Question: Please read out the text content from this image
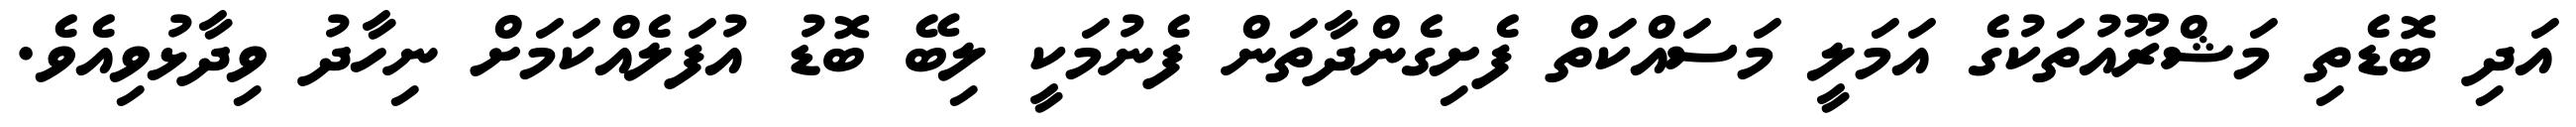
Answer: އަދި ބޮޑެތި މަޝްރޫއުތަކުގެ އަމަލީ މަސައްކަތް ފެށިގެންދާތަން ފެނުމަކީ ލިބޭ ބޮޑު އުފަލެއްކަމަށް ނިހާދު ވިދާޅުވިއެވެ.